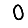
Digit: 0